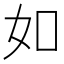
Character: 如